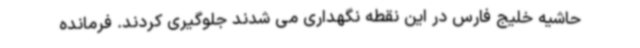
حاشیه خلیج فارس در این نقطه نگهداری می شدند جلوگیری کردند. فرمانده